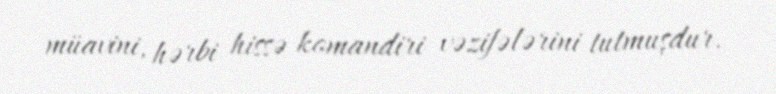
müavini, hərbi hissə komandiri vəzifələrini tutmuşdur.